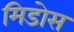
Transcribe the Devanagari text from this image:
मिडोस